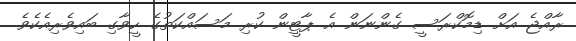
ރާއްޖެ އަށް ޑިމޮކްރަސީ ގެންނަން އެ ޕާޓީން ކުރި މަސައްކަތުގެ ހީވާގި ބައިވެރިއެކެވެ.